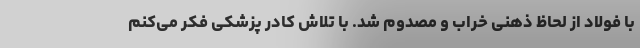
با فولاد از لحاظ ذهنی خراب و مصدوم شد. با تلاش کادر پزشکی فکر می‌کنم